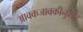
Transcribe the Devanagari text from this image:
आवकजावकीनुसार